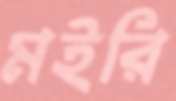
মইরি